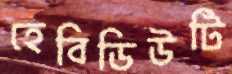
হেবিডিউটি